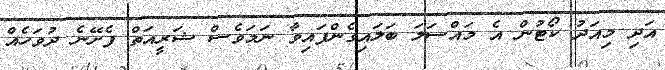
އަދި މިއަދު ކޯޓުން އެ މައްސަލަ ބަލައިގެންފައިވާ ނަމަވެސް ޝަރީއަތް ފެށޭނެ ދުވަހެއް